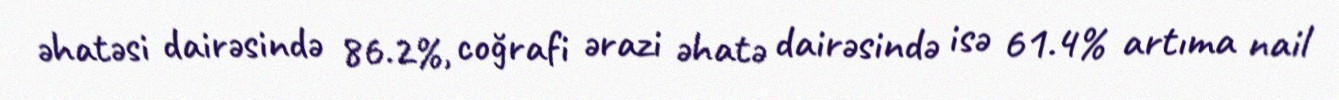
əhatəsi dairəsində 86.2%, coğrafi ərazi əhatə dairəsində isə 61.4% artıma nail